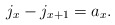
\begin{align*}j_{x}-j_{x+1} =a_x.\end{align*}